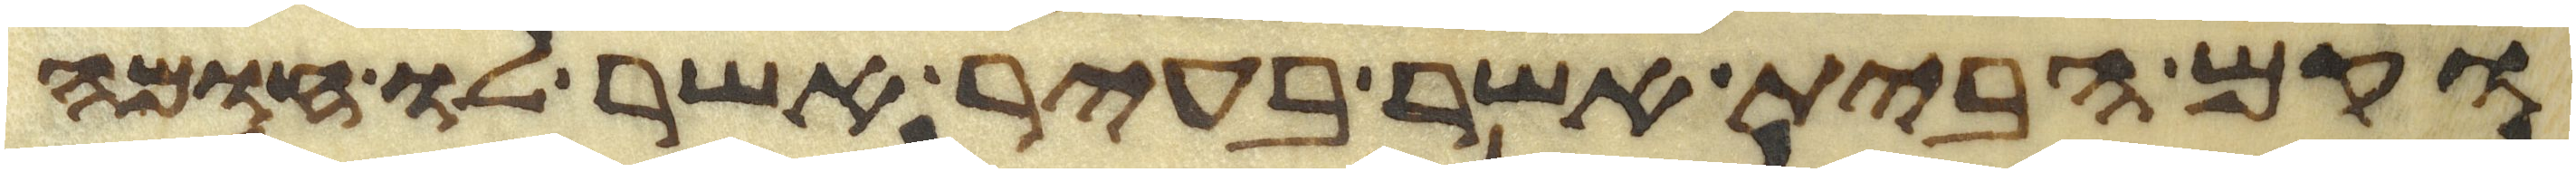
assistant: וקם הבית אשר בעיר אשר לו חומה